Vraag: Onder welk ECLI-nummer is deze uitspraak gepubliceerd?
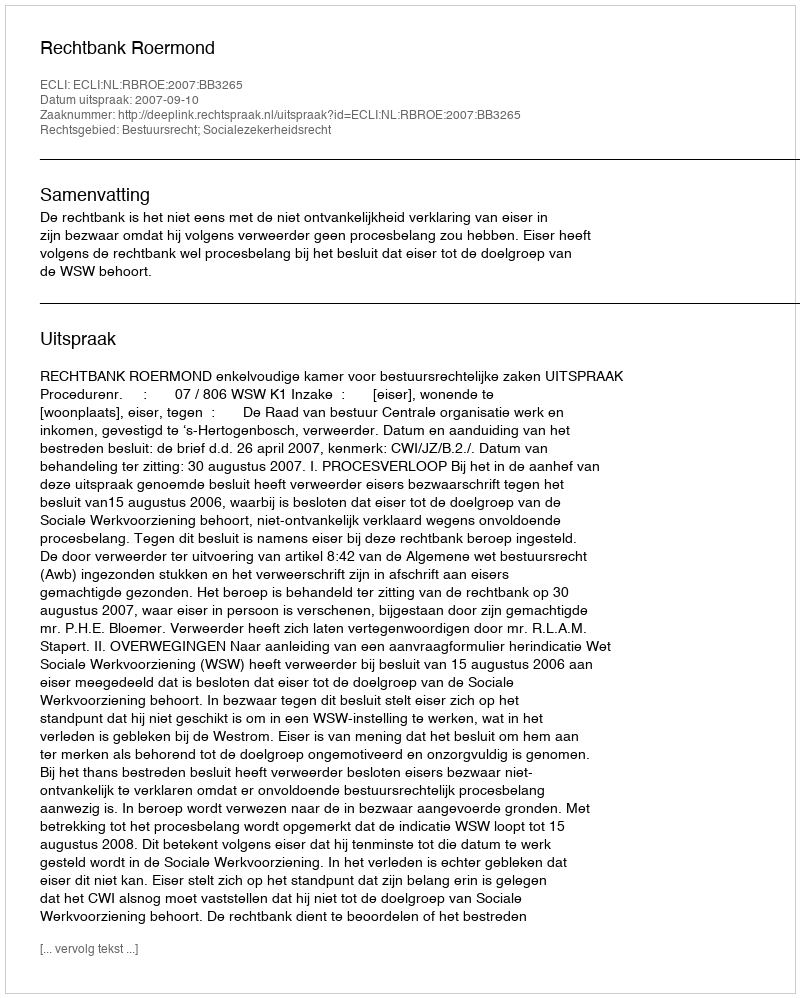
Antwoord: ECLI:NL:RBROE:2007:BB3265